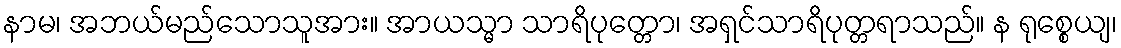
နာမ၊ အဘယ်မည်သောသူအား။ အာယသ္မာ သာရိပုတ္တော၊ အရှင်သာရိပုတ္တရာသည်။ န ရုစ္စေယျ၊